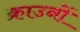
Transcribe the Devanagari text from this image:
क्राउनों